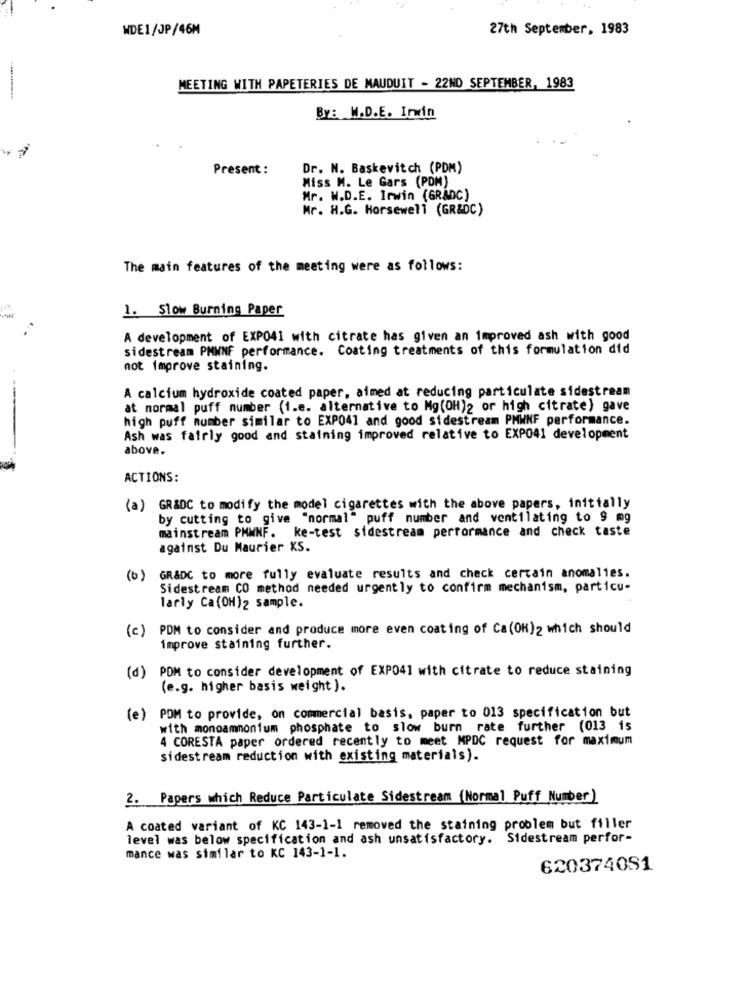
NDE1/JP/46M
27th September, 1983
MEETING WITH PAPETERIES DE MAUDUIT - 22ND SEPTEMBER, 1983
BY: W.D.E. Irwin
Present :
Dr. N. Baskevitch (PDM)
Miss M. Le Gars (POM)
Mr. W.D.E. Irwin (GRADC)
Mr. H.G. Horsewell (GR&DC)
The main features of the meeting were as follows:
1. Slow Burning Paper
A development of EXPO41 with citrate has given an improved ash with good
sidestream PMWNF performance. Coating treatments of this formulation did
not improve staining.
A calcium hydroxide coated paper, aimed at reducing particulate sidestream
at normal puff number (1.e. alternative to Mg(OH)2 or high citrate) gave
high puff number similar to EXP041 and good sidestream PMWNF performance.
Ash was fairly good and staining improved relative to EXP041 development
above.
ACTIONS:
(a) GR&DC to modify the model cigarettes with the above papers, initially
by cutting to give "normal" puff number and ventilating to 9 mg
mainstream PMWNF. ke-test sidestream performance and check taste
against Du Maurier KS.
GR&DC to more fully evaluate results and check certain anomalies.
(0)
Sidestream CO method needed urgently to confirm mechanism, particu-
larly Ca(OH)2 sample.
(c) PDM to consider and produce more even coating of Ca(OH)2 which should
improve staining further.
(P)
POM to consider development of EXPO41 with citrate to reduce staining
(e.g. higher basis weight).
(e) PDM to provide, on commercial basis, paper to 013 specification but
with monoammonium phosphate to slow burn rate further (013 is
4 CORESTA paper ordered recently to meet MPDC request for maximum
sidestream reduction with existing materials).
2. Papers which Reduce Particulate Sidestream (Normal Puff Number )
A coated variant of KC 143-1-1 removed the staining problem but filler
level was below specification and ash unsatisfactory. Sidestream perfor-
mance was similar to KC 143-1-1.
620374081